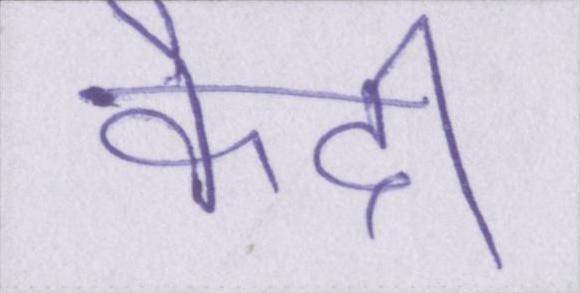
कैदी